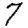
Digit: 7